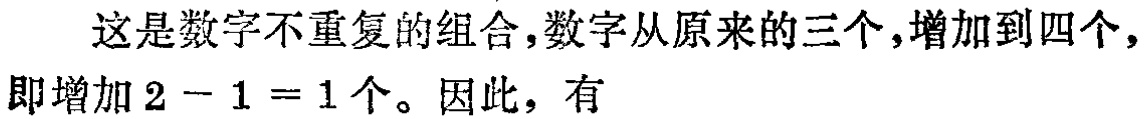
这是数字不重复的组合,数字从原来的三个,增加到四个,即增加 \(2 - 1 = 1\) 个。因此，有